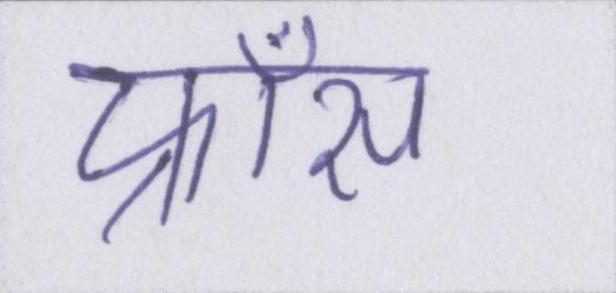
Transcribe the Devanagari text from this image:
फ्राँस